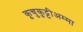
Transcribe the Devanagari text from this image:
कूचुकुट्टीअम्मा